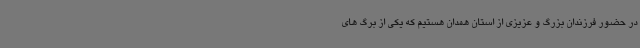
در حضور فرزندان بزرگ و عزیزی از استان همدان هستیم که یکی از برگ های